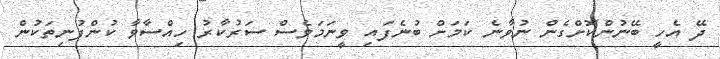
ދޭ އެހީ ބޭނުންކޮށްގެން ނުވާނެ ކަމަށް ބުނެފައި ވީނަމަވެސް ސަރުކާރު ހިއްސާވާ ކުންފުނިތަކުން